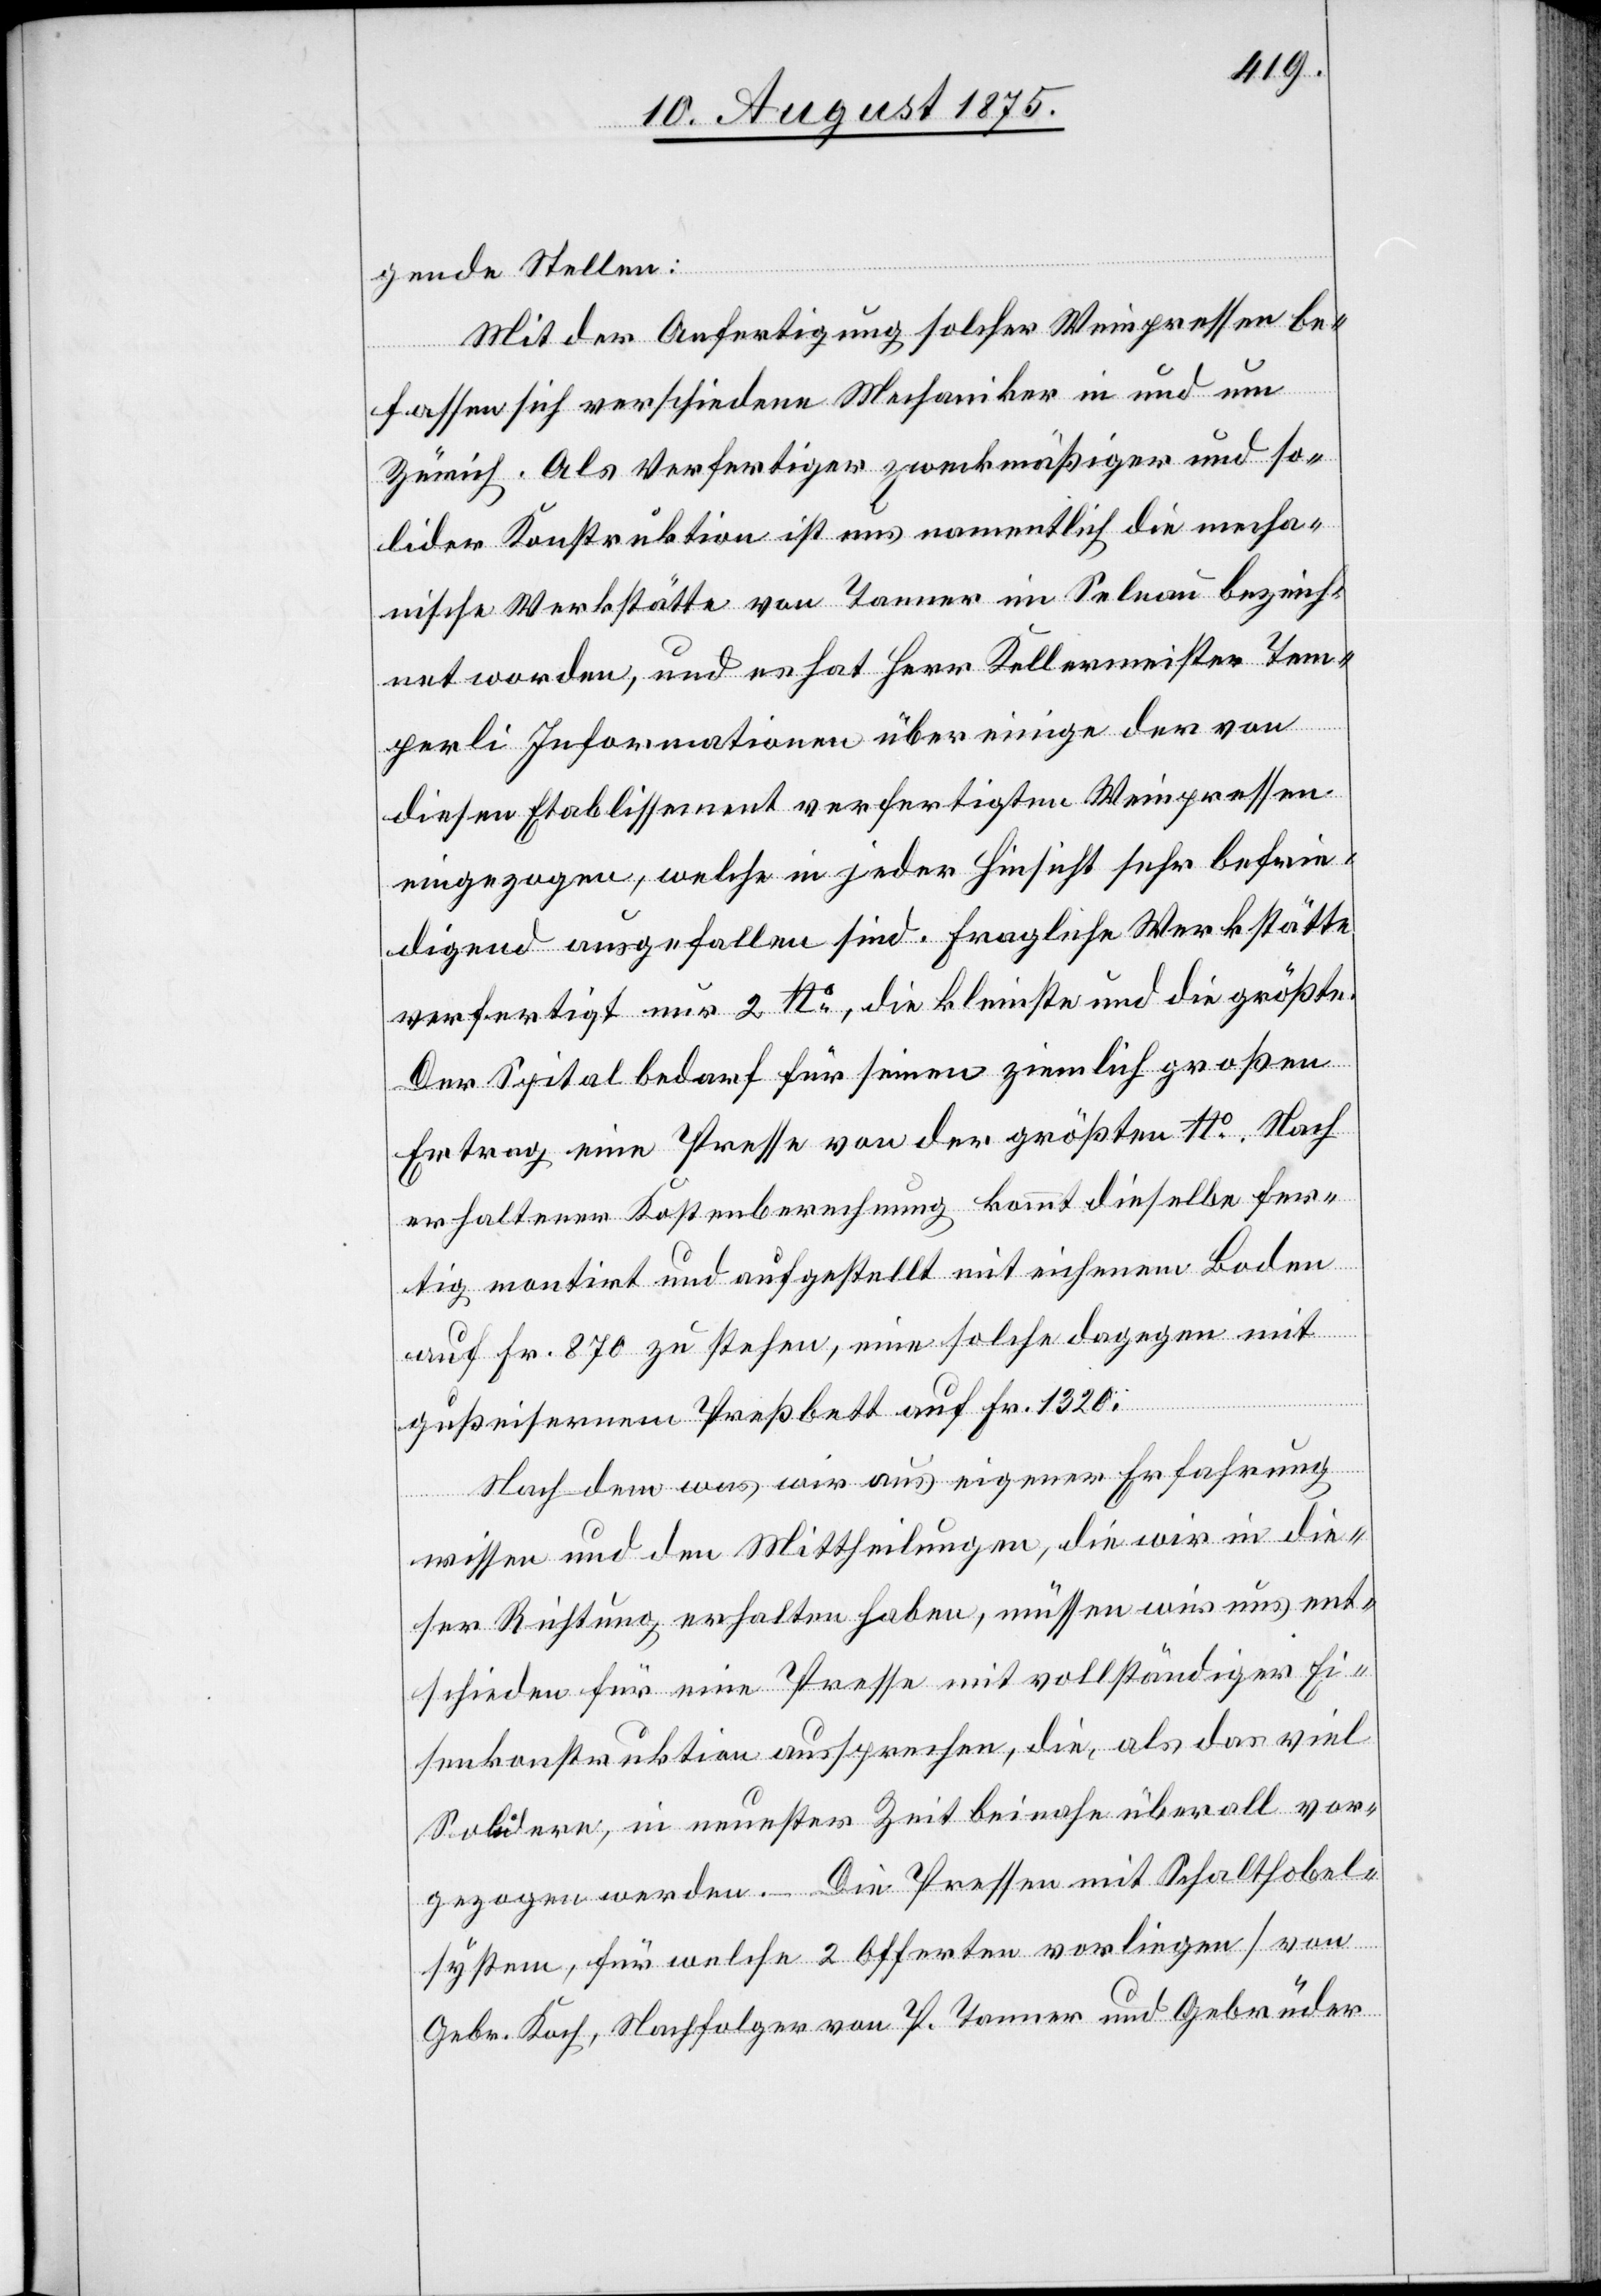
gende Stellen:
Mit der Anfertigung solcher Weinpressen be¬
fassen sich verschiedene Mechaniker in und um
Zürich. Als Verfertiger zweckmäßiger und so¬
lider Konstruktion ist uns namentlich die mecha¬
nische Werkstätte von Tanner in Selnau bezeich¬
net worden, und es hat Herr Kellermeister Tem¬
perli Informationen über einige der von
diesem Etablissement verfertigten Weinpressen
eingezogen, welche in jeder Hinsicht sehr befrie¬
digend ausgefallen sind. Fragliche Werkstätte
verfertigt nur 2 No, die kleinste und die größte.
Der Spital bedarf für seinen ziemlich großen
Ertrag eine Presse von der größten. Nach
erhaltener Kostenberechnung kommt dieselbe fer¬
tig montirt und aufgestellt mit eichenem Boden
auf Fr. 870 zu stehen, eine solche dagegen mit
gußeisernem Preßbett auf Fr. 1320.
Nach dem was wir aus eigener Erfahrung
wissen und den Mittheilungen, die wir in die¬
ser Richtung erhalten haben, müssen wir uns ent¬
schieden für eine Presse mit vollständiger Ei¬
senkonstruktion aussprechen, die, als das viel
Solidere, in neuster Zeit beinahe überall vor¬
gezogen werden. – Die Pressen mit Schalthobel¬
system, für welche 2 Offerten vorliegen [von
Gebr. Koch, Nachfolger von P. Tanner und Gebrüder